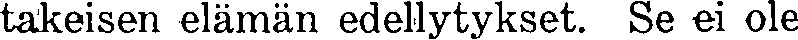
takeisen elämän edellytykset. Se ei ole